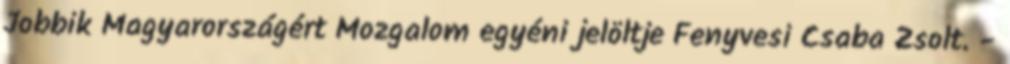
Jobbik Magyarországért Mozgalom egyéni jelöltje Fenyvesi Csaba Zsolt. -